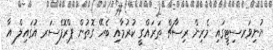
ޔުނިވަރސިޓީގައި މެރިން ރިސާޗް ތަރައްގީ ކުރުމާއި ބެހޭ ގޮތުން ޕްރޮފެސަރ އުގައިލް އާ